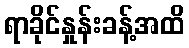
ရာခိုင်နှုန်းခန့်အထိ